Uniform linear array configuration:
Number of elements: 64
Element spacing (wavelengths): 1
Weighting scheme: binomial
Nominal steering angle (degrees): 15
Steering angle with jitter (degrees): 13.067
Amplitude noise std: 0.05
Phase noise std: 0.05

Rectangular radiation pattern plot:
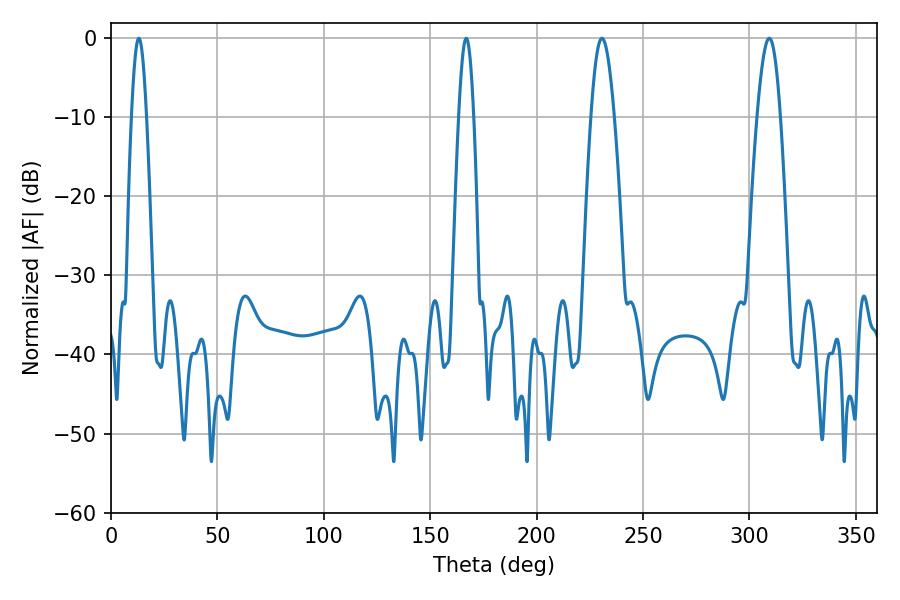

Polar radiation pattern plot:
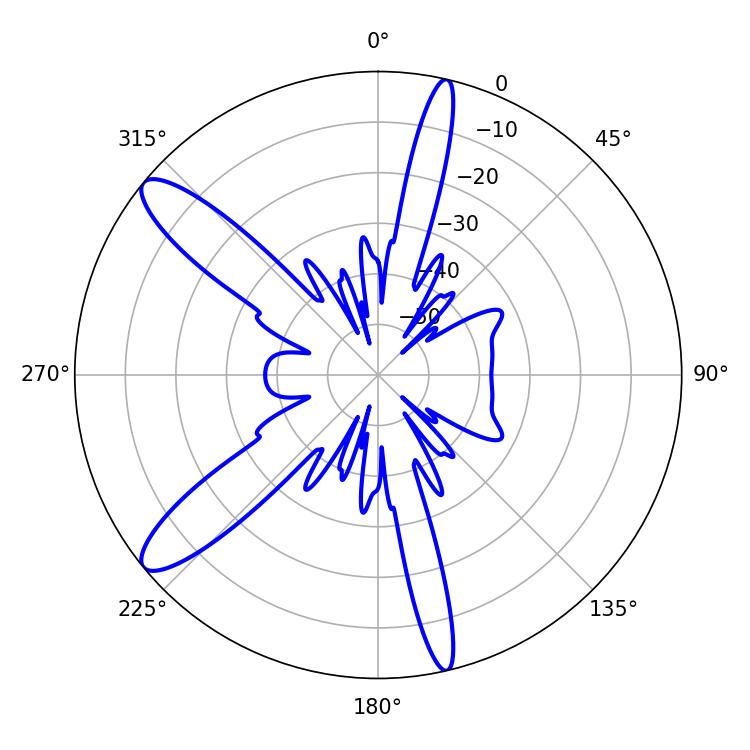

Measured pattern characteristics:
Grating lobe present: TRUE
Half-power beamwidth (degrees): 5.76
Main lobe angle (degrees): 230.76